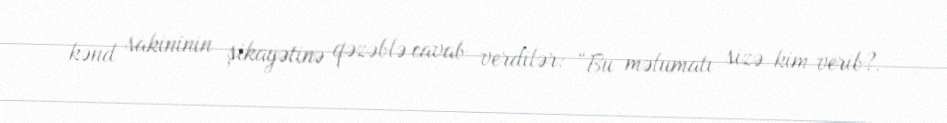
kənd sakininin şikayətinə qəzəblə cavab verdilər: “Bu məlumatı sizə kim verib?.